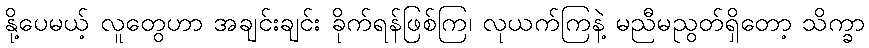
နို့ပေမယ့် လူတွေဟာ အချင်းချင်း ခိုက်ရန်ဖြစ်ကြ၊ လုယက်ကြနဲ့ မညီမညွတ်ရှိတော့ သိက္ခာ